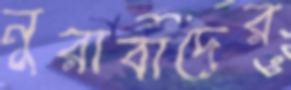
নুরাবাদের